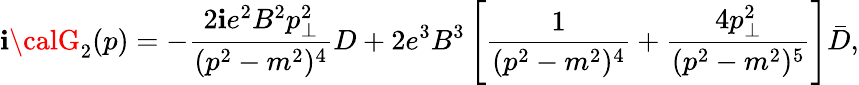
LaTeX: \mathbf{i}{\calG}_{2}(p)=-{\frac{{2\mathbf{i}e^{2}B^{2}p_{\bot}^{2}}}{{(p^{2}-m^{2})^{4}}}}D+2e^{3}B^{3}\left[{\frac{{1}}{{(p^{2}-m^{2})^{4}}}}+{\frac{{4p_{\bot}^{2}}}{{(p^{2}-m^{2})^{5}}}}\right]\bar{{D}},